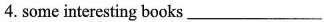
4. some interesting books___